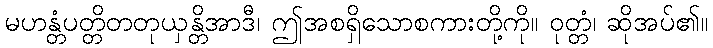
မဟန္တံပတ္တိတတုယှန္တိအာဒီ၊ ဤအစရှိသောစကားတို့ကို။ ဝုတ္တံ၊ ဆိုအပ်၏။